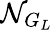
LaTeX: \mathcal{N}_{G_{L}}